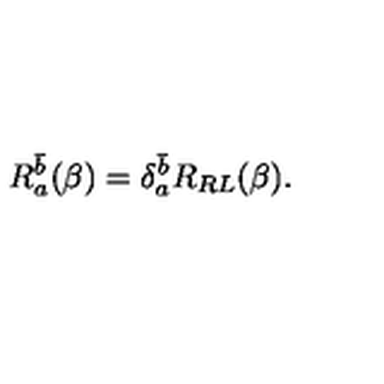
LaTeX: R _ { a } ^ { \bar { b } } ( \beta ) = \delta _ { a } ^ { \bar { b } } R _ { R L } ( \beta ) .